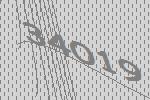
34019